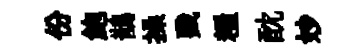
份鮑鵲操戮糧酖妙